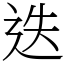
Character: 迭